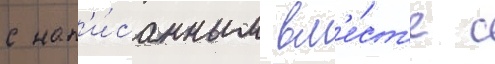
с нап'и́санным вм'е́ст'е с